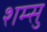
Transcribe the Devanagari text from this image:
शम्सु